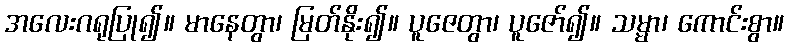
အလေးဂရုပြု၍။ မာနေတွာ၊ မြတ်နိုး၍။ ပူဇေတွာ၊ ပူဇော်၍။ သမ္မာ၊ ကောင်းစွာ။